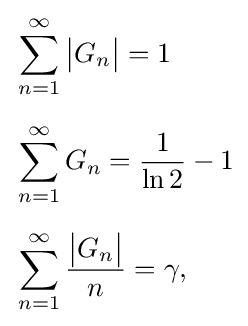
{\begin{aligned}&\sum _{n=1}^{\infty }{\big |}G_{n}{\big |}=1\\[2mm]&\sum _{n=1}^{\infty }G_{n}={\frac {1}{\ln 2}}-1\\[2mm]&\sum _{n=1}^{\infty }{\frac {{\big |}G_{n}{\big |}}{n}}=\gamma ,\end{aligned}}